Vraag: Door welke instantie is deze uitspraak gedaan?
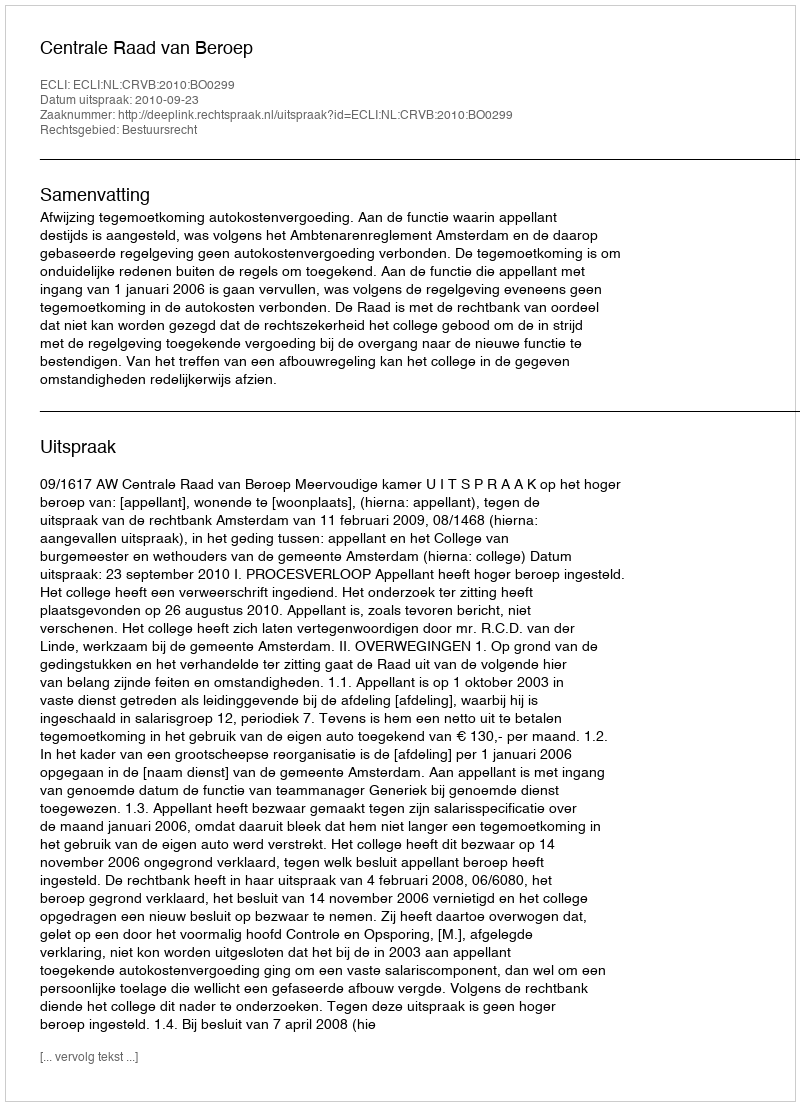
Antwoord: Centrale Raad van Beroep